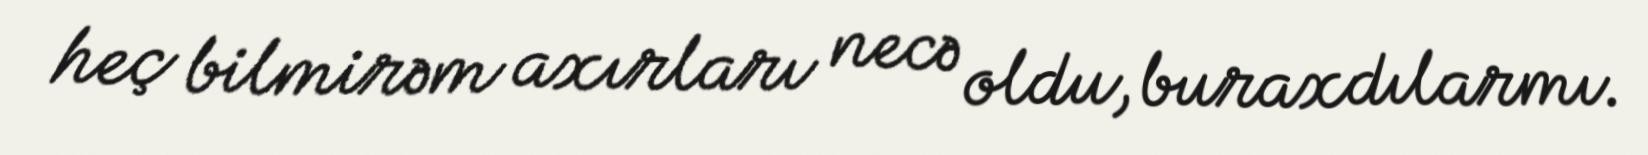
heç bilmirəm axırları necə oldu, buraxdılarmı.